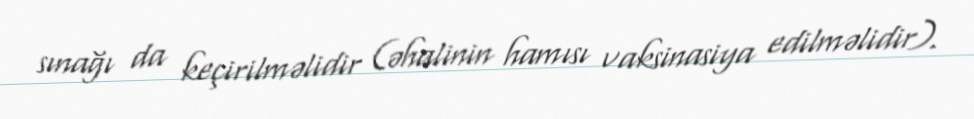
sınağı da keçirilməlidir (əhalinin hamısı vaksinasiya edilməlidir).